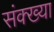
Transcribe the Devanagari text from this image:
संक्ख्या